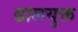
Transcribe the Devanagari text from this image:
ढालयुक्त